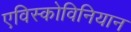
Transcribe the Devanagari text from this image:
एविस्कोविनियान